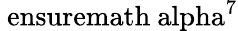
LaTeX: {\mathrm{\ ensuremath{\ alpha}}}^{7}